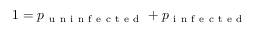
1 = p _ { \mathrm { ~ u ~ n ~ i ~ n ~ f ~ e ~ c ~ t ~ e ~ d ~ } } + p _ { \mathrm { ~ i ~ n ~ f ~ e ~ c ~ t ~ e ~ d ~ } }